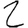
Digit: 2